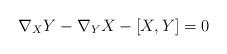
LaTeX: \begin{align*} \nabla_X Y - \nabla_Y X - [X, Y] = 0\end{align*}